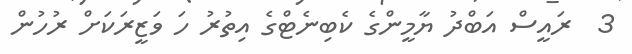
3  ރައީސް އަބްދު ޔާމީންގެ ކެބިނެޓްގެ އިތުރު ހަ ވަޒީރަކަށް ރުހުން